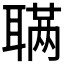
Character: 𫆊